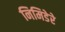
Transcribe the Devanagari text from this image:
निमिडेरे